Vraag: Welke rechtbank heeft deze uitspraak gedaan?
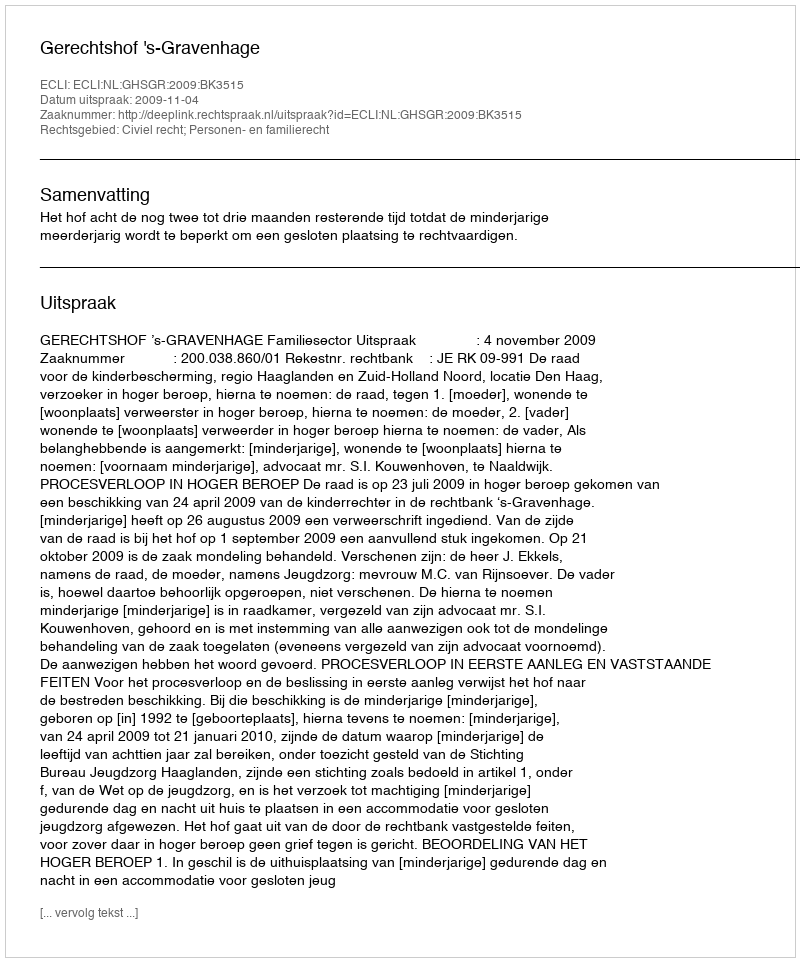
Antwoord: Gerechtshof 's-Gravenhage